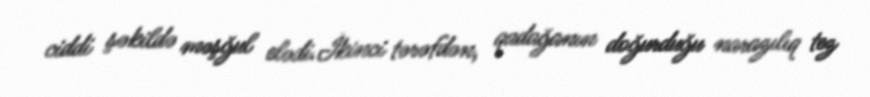
ciddi şəkildə məşğul elədi.İkinci tərəfdən, qadağanın doğurduğu narazılıq tez